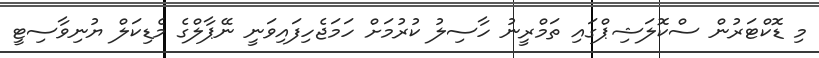
މި ޑޮކްޓަރުން ސްކޮލަޝިޕްގައި ތަމްރީނު ހާސިލު ކުރުމަށް ހަމަޖެހިފައިވަނީ ނޭޕާލްގެ މެޑިކަލް ޔުނިވާސިޓީ